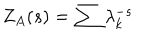
Z _ { A } ( s ) = \sum \lambda _ { k } ^ { - s }